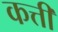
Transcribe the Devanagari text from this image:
कत्ती